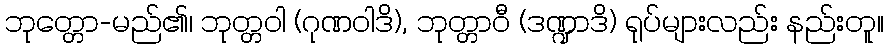
ဘုတ္တော-မည်၏၊ ဘုတ္တဝါ (ဂုဏဝါဒိ), ဘုတ္တာဝီ (ဒဏ္ဍာဒိ) ရုပ်များလည်း နည်းတူ။